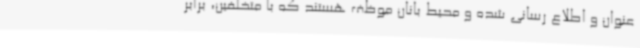
عنوان و اطلاع رسانی شده و محیط بانان موظف هستند که با متخلفین، برابر